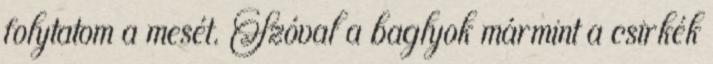
folytatom a mesét. Szóval a baglyok mármint a csirkék